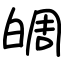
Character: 皗